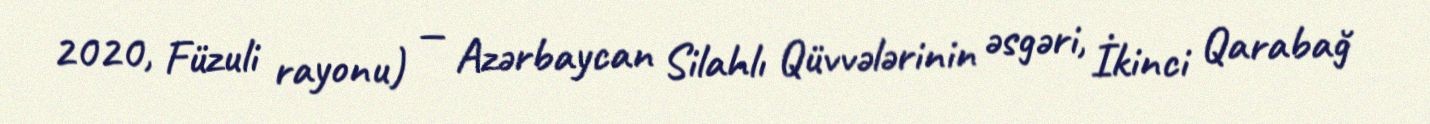
2020, Füzuli rayonu) — Azərbaycan Silahlı Qüvvələrinin əsgəri, İkinci Qarabağ